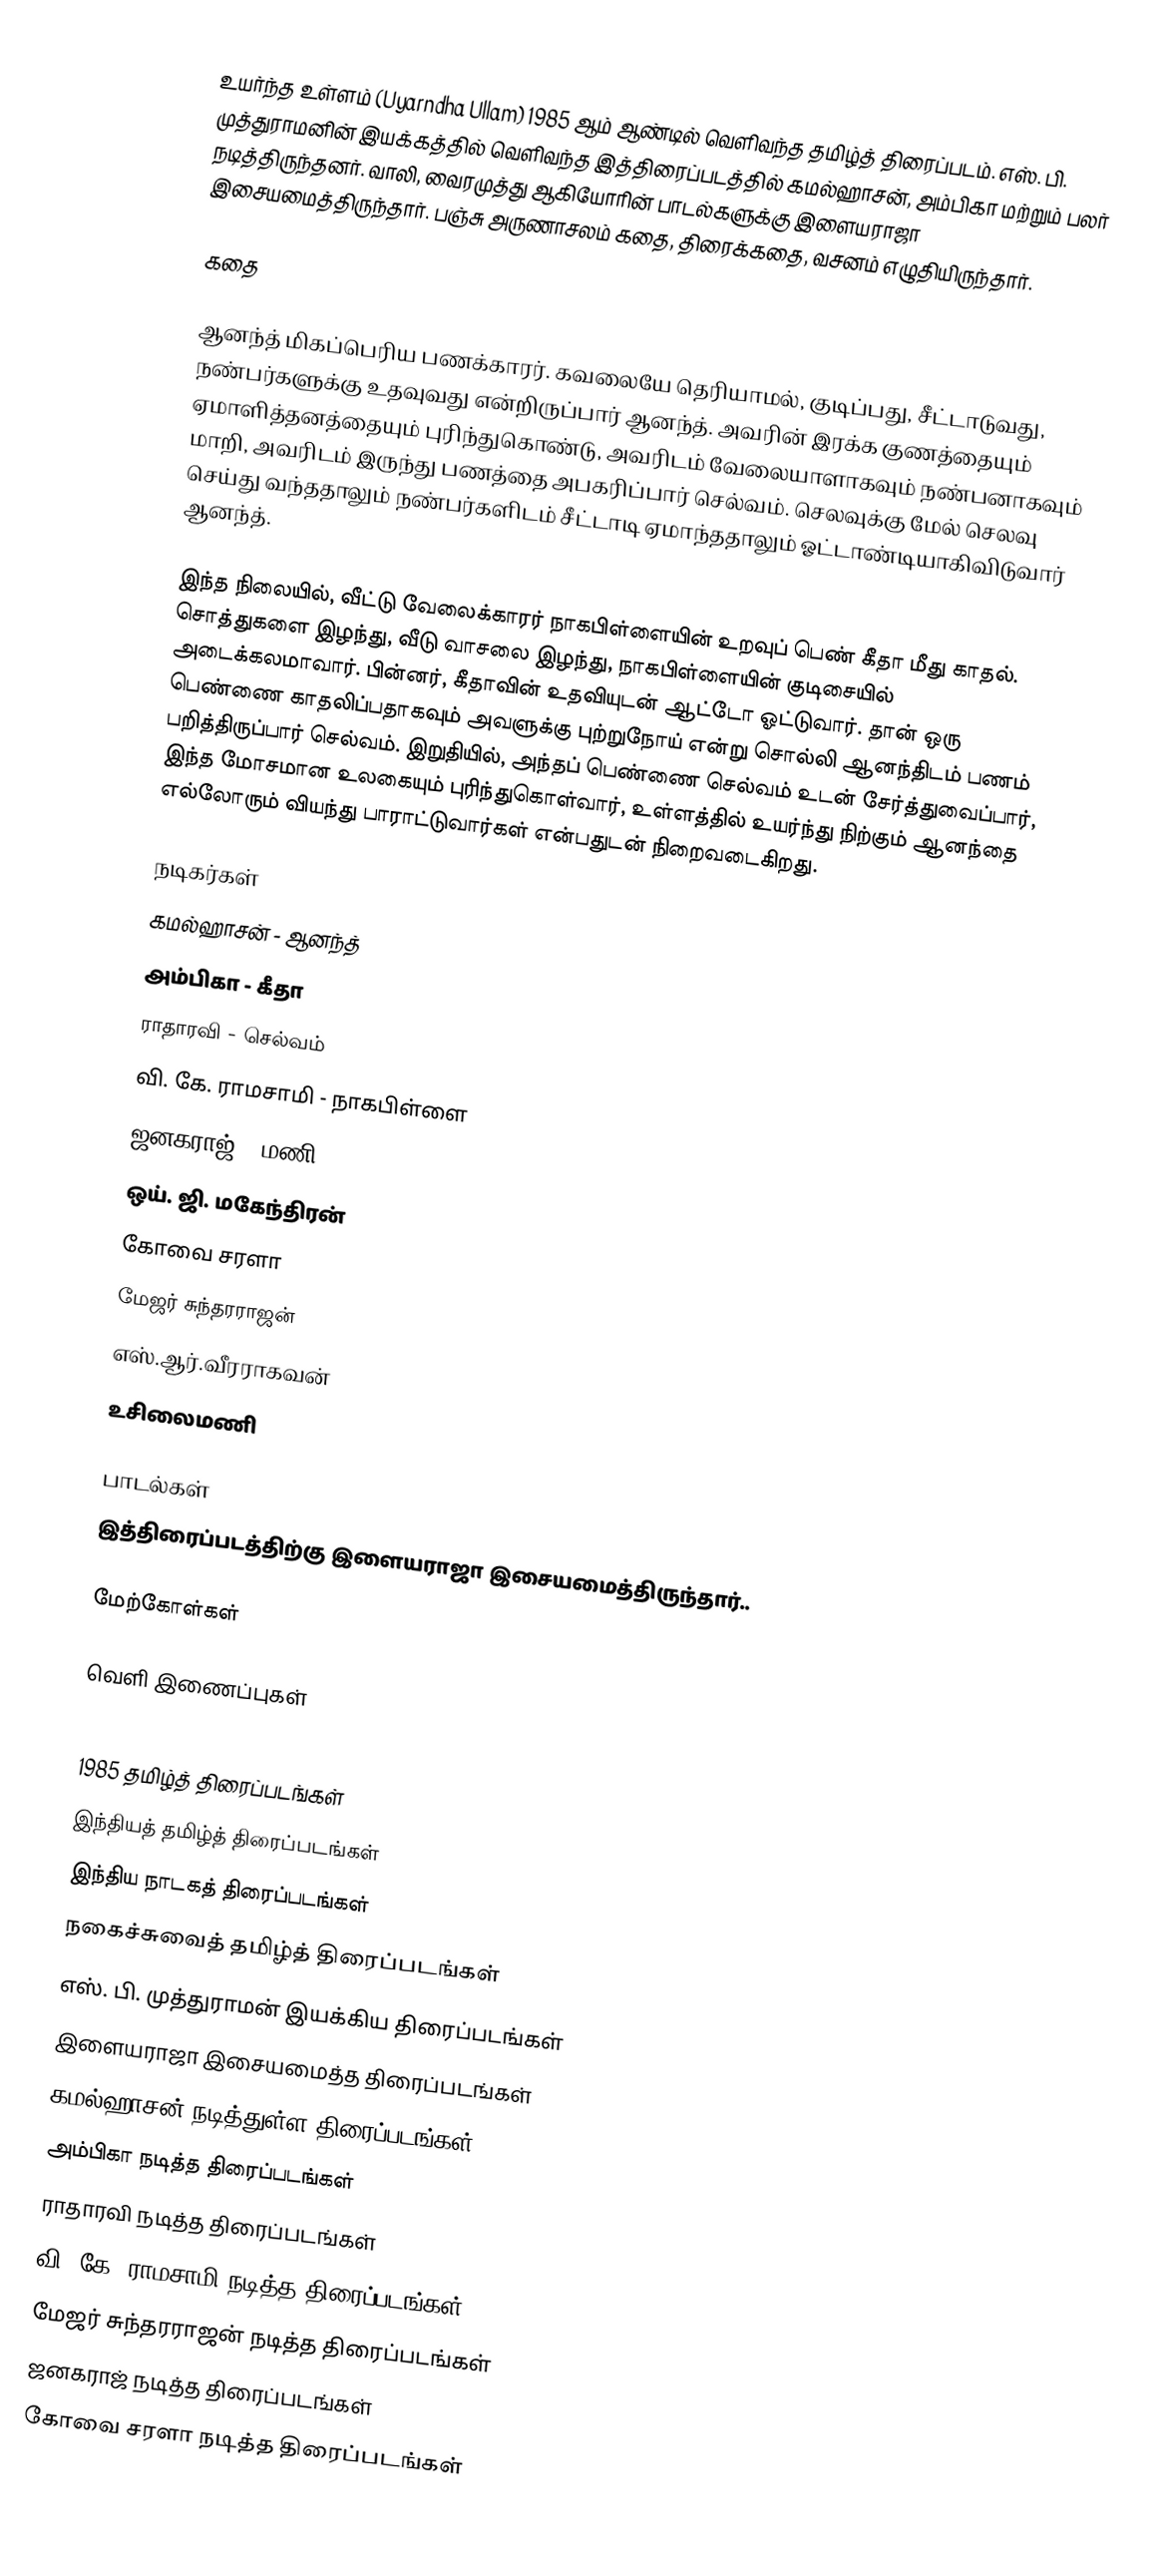
உயர்ந்த உள்ளம் (Uyarndha Ullam) 1985 ஆம் ஆண்டில் வெளிவந்த தமிழ்த் திரைப்படம். எஸ். பி. முத்துராமனின் இயக்கத்தில் வெளிவந்த இத்திரைப்படத்தில் கமல்ஹாசன், அம்பிகா மற்றும் பலர் நடித்திருந்தனர். வாலி, வைரமுத்து ஆகியோரின் பாடல்களுக்கு இளையராஜா இசையமைத்திருந்தார். பஞ்சு அருணாசலம் கதை, திரைக்கதை, வசனம் எழுதியிருந்தார்.

கதை

ஆனந்த் மிகப்பெரிய பணக்காரர். கவலையே தெரியாமல், குடிப்பது, சீட்டாடுவது, நண்பர்களுக்கு உதவுவது என்றிருப்பார் ஆனந்த். அவரின் இரக்க குணத்தையும் ஏமாளித்தனத்தையும் புரிந்துகொண்டு, அவரிடம் வேலையாளாகவும் நண்பனாகவும் மாறி, அவரிடம் இருந்து பணத்தை அபகரிப்பார் செல்வம். செலவுக்கு மேல் செலவு செய்து வந்ததாலும் நண்பர்களிடம் சீட்டாடி ஏமாந்ததாலும் ஓட்டாண்டியாகிவிடுவார் ஆனந்த்.

இந்த நிலையில், வீட்டு வேலைக்காரர் நாகபிள்ளையின் உறவுப் பெண் கீதா மீது காதல். சொத்துகளை இழந்து, வீடு வாசலை இழந்து, நாகபிள்ளையின் குடிசையில் அடைக்கலமாவார். பின்னர், கீதாவின் உதவியுடன் ஆட்டோ ஓட்டுவார். தான் ஒரு பெண்ணை காதலிப்பதாகவும் அவளுக்கு புற்றுநோய் என்று சொல்லி ஆனந்திடம் பணம் பறித்திருப்பார் செல்வம். இறுதியில், அந்தப் பெண்ணை செல்வம் உடன் சேர்த்துவைப்பார், இந்த மோசமான உலகையும் புரிந்துகொள்வார், உள்ளத்தில் உயர்ந்து நிற்கும் ஆனந்தை எல்லோரும் வியந்து பாராட்டுவார்கள் என்பதுடன் நிறைவடைகிறது.

நடிகர்கள்
 கமல்ஹாசன் - ஆனந்த்
 அம்பிகா - கீதா
 ராதாரவி - செல்வம்
 வி. கே. ராமசாமி - நாகபிள்ளை
 ஜனகராஜ் -  மணி
 ஒய். ஜி. மகேந்திரன்
 கோவை சரளா
 மேஜர் சுந்தரராஜன்
 எஸ்.ஆர்.வீரராகவன்
 உசிலைமணி

பாடல்கள்
இத்திரைப்படத்திற்கு இளையராஜா இசையமைத்திருந்தார்..

மேற்கோள்கள்

வெளி இணைப்புகள்

1985 தமிழ்த் திரைப்படங்கள்
இந்தியத் தமிழ்த் திரைப்படங்கள்
இந்திய நாடகத் திரைப்படங்கள்
நகைச்சுவைத் தமிழ்த் திரைப்படங்கள்
எஸ். பி. முத்துராமன் இயக்கிய திரைப்படங்கள்
இளையராஜா இசையமைத்த திரைப்படங்கள்
கமல்ஹாசன் நடித்துள்ள திரைப்படங்கள்
அம்பிகா நடித்த திரைப்படங்கள்
ராதாரவி நடித்த திரைப்படங்கள்
வி. கே. ராமசாமி நடித்த திரைப்படங்கள்
மேஜர் சுந்தரராஜன் நடித்த திரைப்படங்கள்
ஜனகராஜ் நடித்த திரைப்படங்கள்
கோவை சரளா நடித்த திரைப்படங்கள்